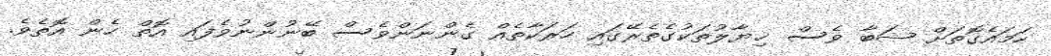
ހަމައެގޮތަށް ޝަބާ ވެސް ޚިޔާލުތަކުގެތެރޭގައި ހަރަކާތެއް ގެންނަންވެސް ބޭނުންނުވެފައި އޮތް ހެން އޮތެވެ.